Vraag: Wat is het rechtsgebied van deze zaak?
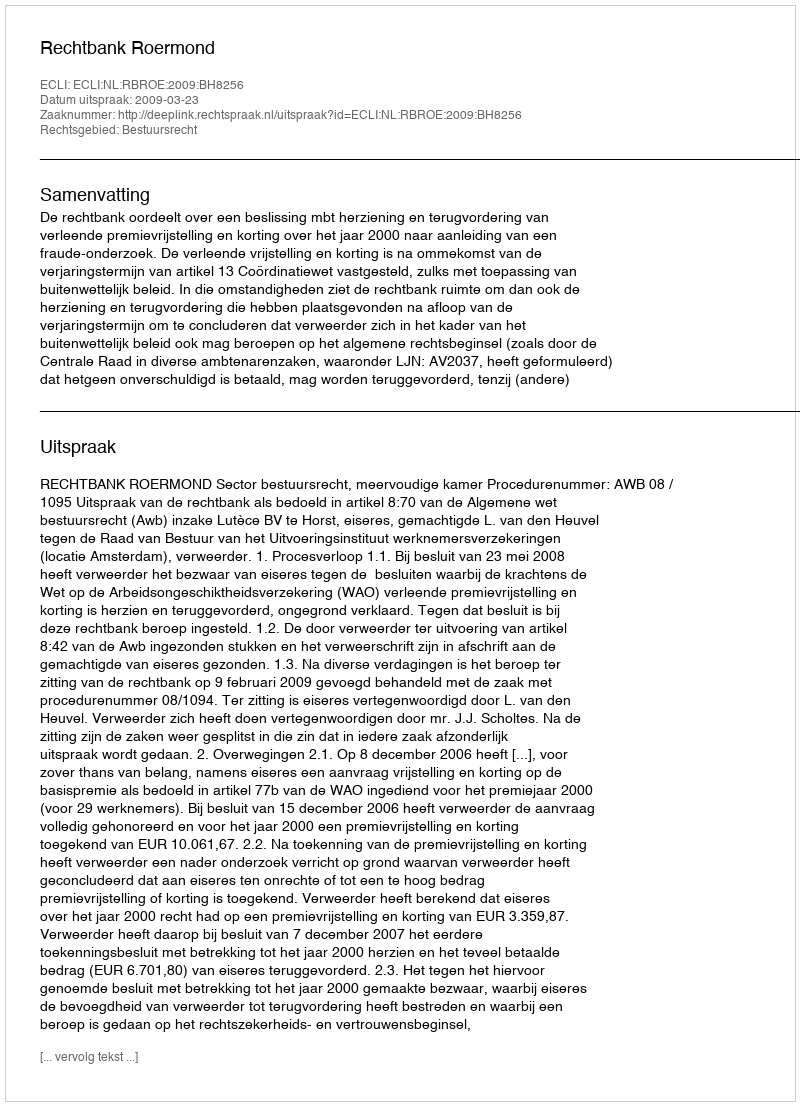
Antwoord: Bestuursrecht